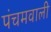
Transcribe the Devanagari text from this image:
पंचमवाली